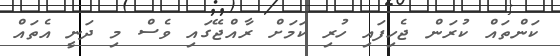
ކަންތައް ކުރަން ޖެހިފައި ހުރި ކަމަށް ރާއްޖޭގައި ވެސް މި ދަނީ އެތައް